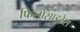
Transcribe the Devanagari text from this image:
फिलोसाइटेस